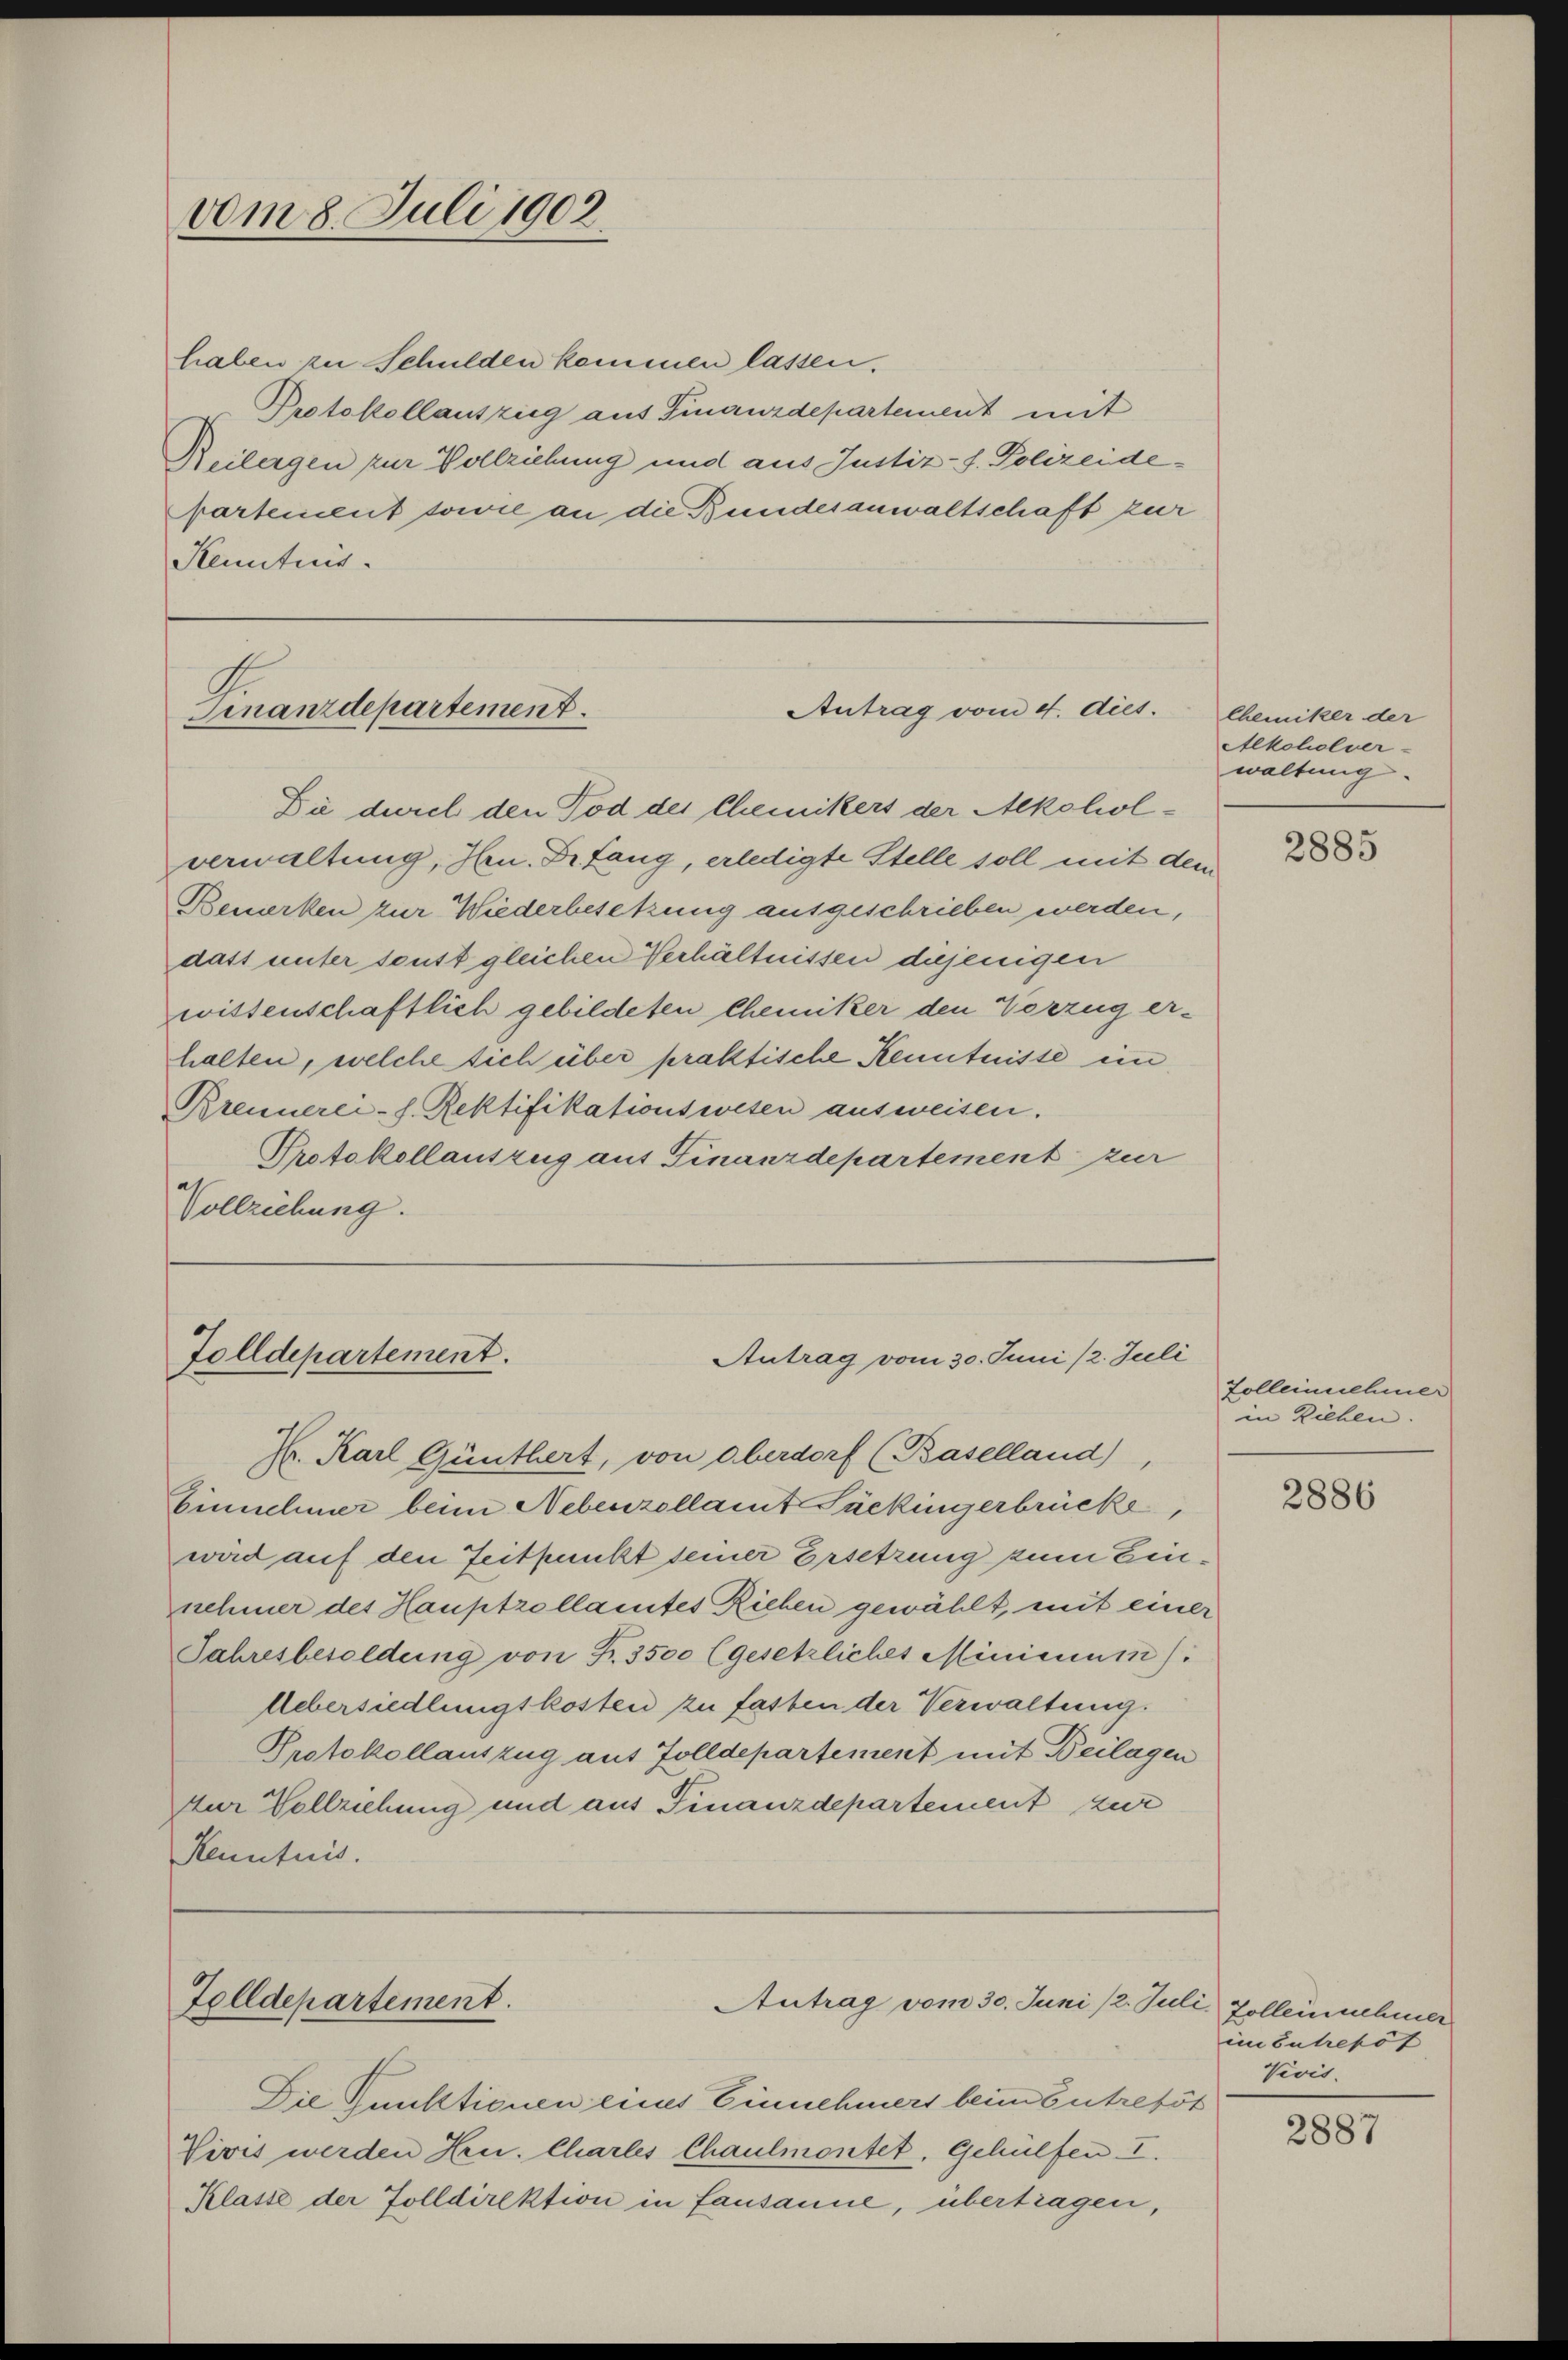
vom 8. Juli 1902

haben zu Schulden kommen lassen.
Protokollauszieg aus Finanzdepartement mit
Reilagen zur Vollziehung und aus Justiz- f. Polizeide¬
Aartement sowie an die Bundesanwaltschaft zur
Kenntnis.

Antrag vom 4. diet.
Finanzdepartement.

Tolldepartement.
Antrag vom 30. Juni /2. Juli

Die durch den Tod des Chemikers der Alkoholverwaltung, Hrn. Dr fang, erledigte Stelle soll mit dem
Bemerken zur Wiederbesetzung ausgeschrieben werden,
dass unter sonst gleichen Verhältnissen dejenigen
wissenschaftlich gebildeten Chemiker den Vorzug erhalten, welche sich über praktische Kenntnisse ein
Brennerei- h. Rektifikationswesen ausweisen.
Protokollauszug aus Finanzdepartement zur
Vollziehung.

H. Karl Günthert, von Oberdorf (Baselland)
Einnehmer beim Nebenzollamt Fückingerbrücke,
wird auf den Zeitpunkt seiner Ersetzung zum Einnehmer des Hauptzollamtes Riehen gewählt, mit einer
Jahresbesoldung von Fr. 3500 (gesetzliches Miniccum):
Uebersiedlungskosten zu fasten der Verwaltung.
Protokollauszug aus Zolldepartement mit Beilagen
Aur Vollziehung und aus Finanzdepartement zur
Kenntnis.

Tolldepartement.
Antrag vom 30. Juni /2. Jur

Die Funktionen eines Einnehmers beim Entretöt
Vivis werden Hrn. Chartes Chaulmontet. Gehülfen. I.
Klasse der Zolldirektion in Lausanne, übertragen,

Chemiker der
Alkoholver-
waltung.

2885

Zolleinnnehmer
in Riehen. |

2886

C. Zolleinehmer
im Entrepos
Vivis.

2887